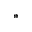
*